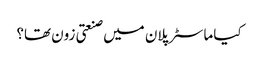
کیا ماسٹر پلان میں صنعتی زون تھا؟